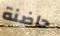
حاضنة